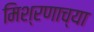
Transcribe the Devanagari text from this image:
मिश्रणाच्या